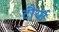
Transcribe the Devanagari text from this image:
दौर्या